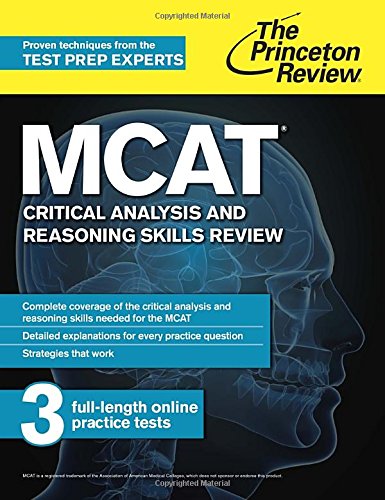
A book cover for MCAT Critical Analysis and Reasoning Skills Review: New for MCAT 2015 (Graduate School Test Preparation); Princeton Review; Test Preparation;